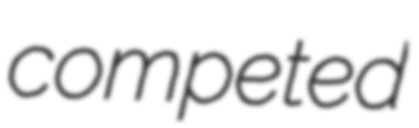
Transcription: competed